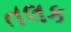
તલક